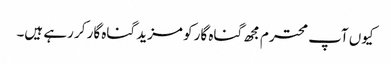
کیوں آپ محترم مجھ گناہ گار کو مزید گناہ گار کر رہے ہیں۔